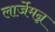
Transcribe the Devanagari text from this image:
लार्जेमन्न